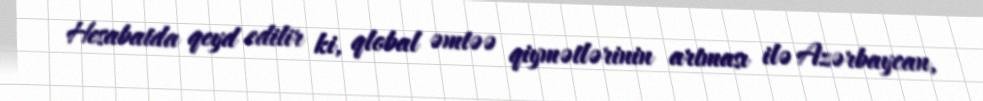
Hesabatda qeyd edilir ki, qlobal əmtəə qiymətlərinin artması ilə Azərbaycan,